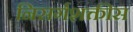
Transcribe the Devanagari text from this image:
निसर्गशक्तीस